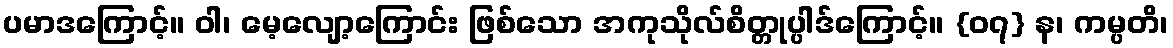
ပမာဒကြောင့်။ ဝါ၊ မေ့လျော့ကြောင်း ဖြစ်သော အကုသိုလ်စိတ္တုပ္ပါဒ်ကြောင့်။ {၀၇} န၊ ကမ္ပတိ၊